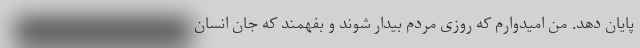
پایان دهد. من امیدوارم که روزی مردم بیدار شوند و بفهمند که جان انسان